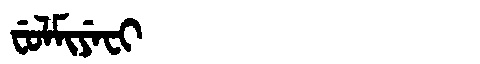
Manchu: ᠸᡠᠯᠮᡳᠶᡝᠸᡳ
Romanization: FULMIYEFI